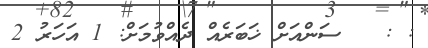
: :   ސަންއަށް ޚަބަރެއް ދެއްވުމަށް: 1 އަހަރު 2